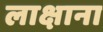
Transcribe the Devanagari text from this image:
लाक्षाना